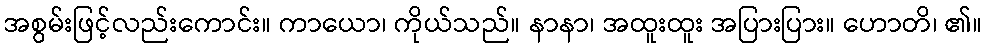
အစွမ်းဖြင့်လည်းကောင်း။ ကာယော၊ ကိုယ်သည်။ နာနာ၊ အထူးထူး အပြားပြား။ ဟောတိ၊ ၏။